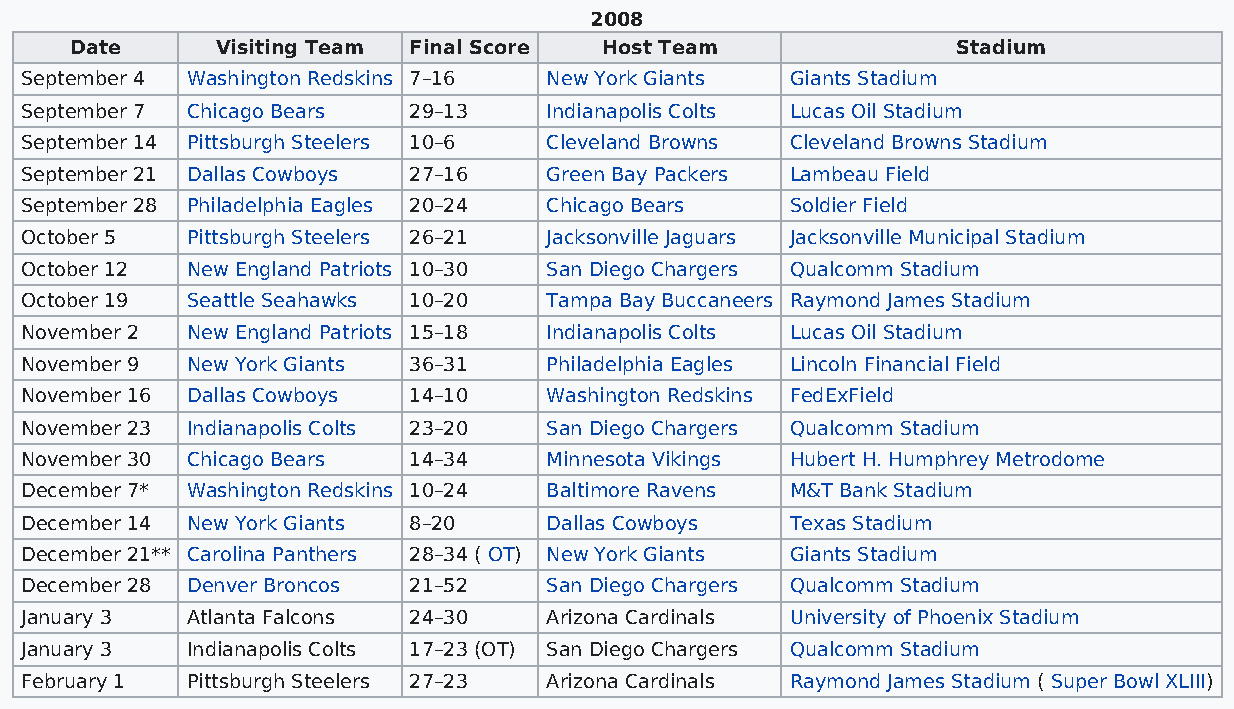
2008
 Date     Visiting Team Final Score Host Team              Stadium
 September 4 Washington Redskins 7–16 New York Giants Giants Stadium
 September 7 Chicago Bears 29–13    Indianapolis Colts Lucas Oil Stadium
 September 14 Pittsburgh Steelers 10–6 Cleveland Browns Cleveland Browns Stadium
 September 21 Dallas Cowboys 27–16  Green Bay Packers Lambeau Field
 September 28 Philadelphia Eagles 20–24 Chicago Bears Soldier Field
 October 5  Pittsburgh Steelers 26–21 Jacksonville Jaguars Jacksonville Municipal Stadium
 October 12 New England Patriots 10–30 San Diego Chargers Qualcomm Stadium
 October 19 Seattle Seahawks 10–20  Tampa Bay Buccaneers Raymond James Stadium
 November 2 New England Patriots 15–18 Indianapolis Colts Lucas Oil Stadium
 November 9 New York Giants 36–31   Philadelphia Eagles Lincoln Financial Field
 November 16 Dallas Cowboys 14–10   Washington Redskins FedExField
 November 23 Indianapolis Colts 23–20 San Diego Chargers Qualcomm Stadium
 November 30 Chicago Bears 14–34    Minnesota Vikings Hubert H. Humphrey Metrodome
 December 7* Washington Redskins 10–24 Baltimore Ravens M&T Bank Stadium
 December 14 New York Giants 8–20   Dallas Cowboys  Texas Stadium
 December 21** Carolina Panthers 28–34 ( OT) New York Giants Giants Stadium
 December 28 Denver Broncos 21–52   San Diego Chargers Qualcomm Stadium
 January 3  Atlanta Falcons 24–30   Arizona Cardinals University of Phoenix Stadium
 January 3  Indianapolis Colts 17–23 (OT) San Diego Chargers Qualcomm Stadium
 February 1 Pittsburgh Steelers 27–23 Arizona Cardinals Raymond James Stadium ( Super Bowl XLIII)